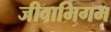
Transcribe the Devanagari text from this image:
जीवाभिगम